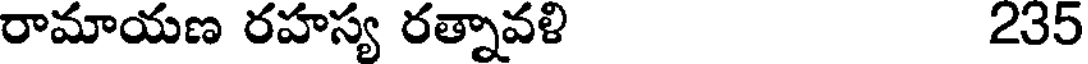
రామాయణ రహస్య రత్నావళి 235